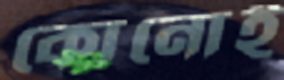
কোনোই